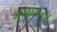
મજાકના